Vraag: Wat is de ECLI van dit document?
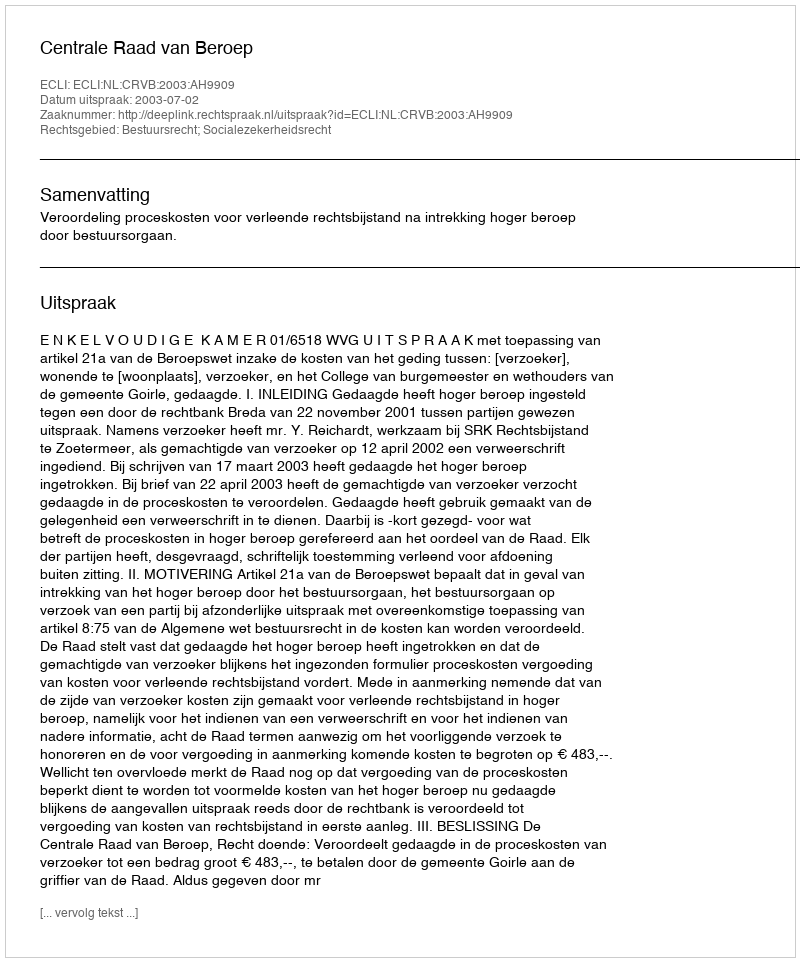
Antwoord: ECLI:NL:CRVB:2003:AH9909